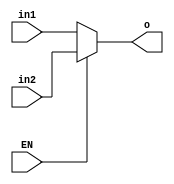
`timescale 1ns / 1ps
//////////////////////////////////////////////////////////////////////////////////
// Company: 
// Engineer: 
// 
// Design Name: 
// Module Name:    Mux2To1b32 
// Project Name: 
// Target Devices: 
// Tool versions: 
// Description: 
//
// Dependencies: 
//
// Revision: 
// Revision 0.01 - File Created
// Additional Comments: 
//
//////////////////////////////////////////////////////////////////////////////////
module Mux2To1b32(input [31:0] in1, 
				input [31:0] in2,
				input EN,
				output [31:0] o);
				
	assign o = EN == 1 ? in2 : in1;


endmodule